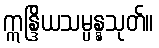
ဣန္ဒြိယသမ္ပန္နသုတ်။